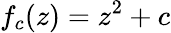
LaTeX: f_{c}(z)=z^{2}+c